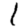
Digit: 1